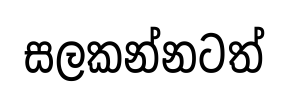
සලකන්නටත්